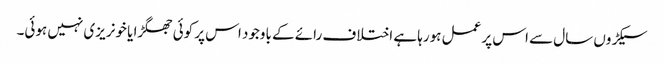
سیکڑوں سال سے اس پر عمل ہورہا ہے اختلاف رائے کے باوجود اس پر کوئی جھگڑا یا خونریزی نہیں ہوئی۔